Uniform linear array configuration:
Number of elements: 48
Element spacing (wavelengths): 1
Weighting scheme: blackman
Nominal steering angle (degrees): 30
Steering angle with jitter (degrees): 29.339
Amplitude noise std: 0.05
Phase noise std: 0.05

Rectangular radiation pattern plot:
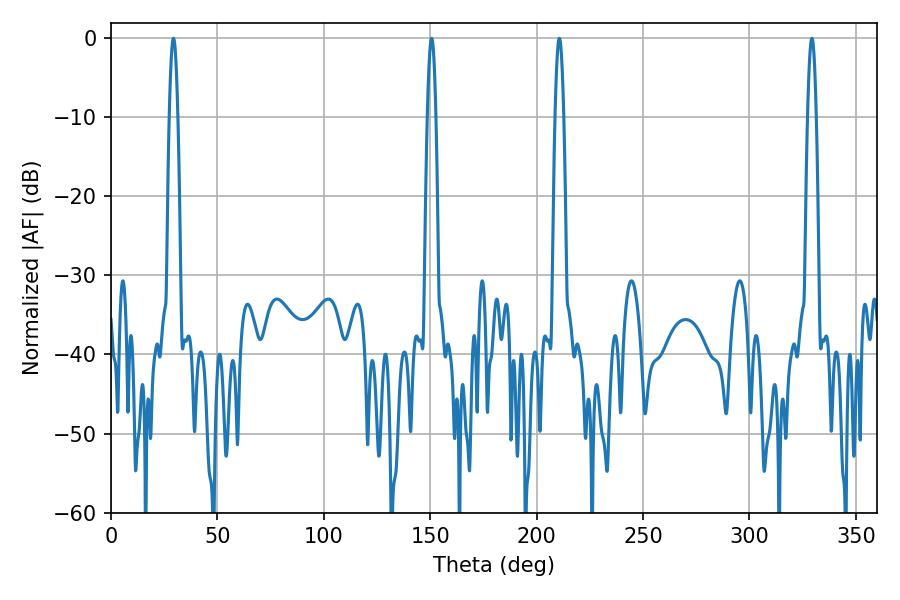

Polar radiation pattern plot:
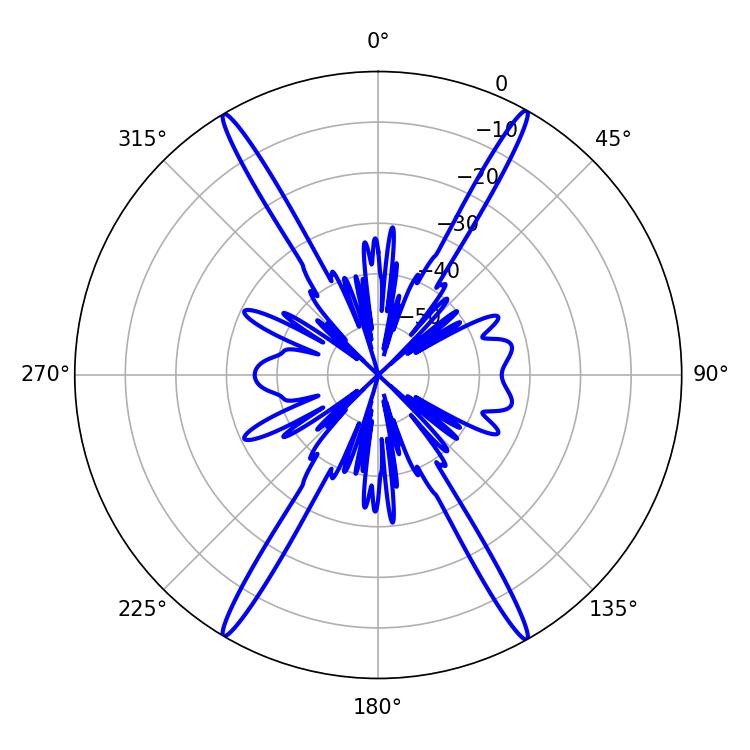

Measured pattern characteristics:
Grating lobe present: TRUE
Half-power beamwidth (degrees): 2.16
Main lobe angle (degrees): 29.34